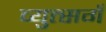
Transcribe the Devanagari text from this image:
व्युत्सगँ